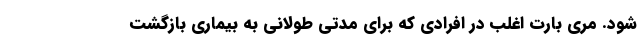
شود. مری بارت اغلب در افرادی که برای مدتی طولانی به بیماری بازگشت